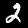
Digit: 2